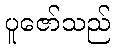
ပူဇော်သည်